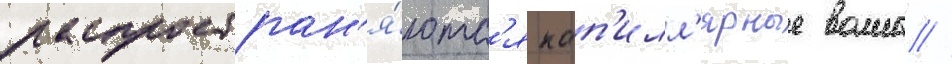
распростран'я́ютс'я кап'илл'ярные волны //